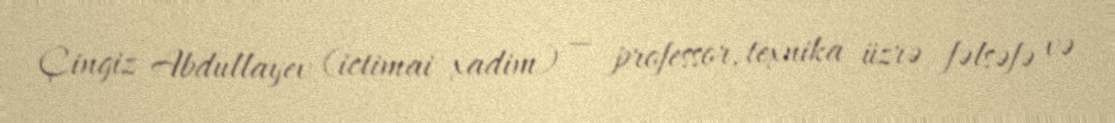
Çingiz Abdullayev (ictimai xadim) — professor, texnika üzrə fəlsəfə və